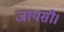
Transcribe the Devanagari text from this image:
जायसी।